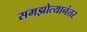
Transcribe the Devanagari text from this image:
समझोत्यानंतर